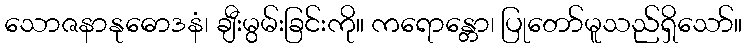
သောဇနာနုဓောဒနံ၊ ချီးမွမ်းခြင်းကို။ ကရောန္တော၊ ပြုတော်မူသည်ရှိသော်။